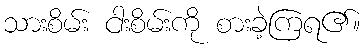
သားစိမ်း ငါးစိမ်းကို စားခဲ့ကြရ၏။